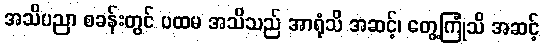
အသိပညာ စခန်းတွင် ပထမ အသိသည် အာရုံသိ အဆင့်၊ တွေ့ကြုံသိ အဆင့်